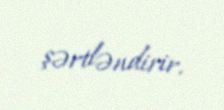
şərtləndirir.